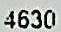
4630